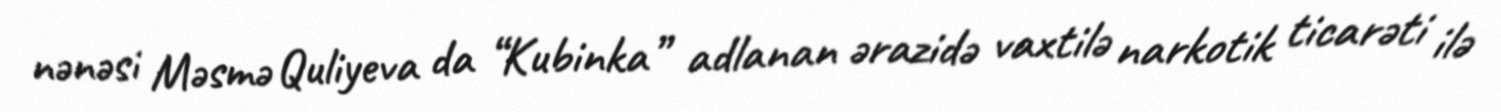
nənəsi Məsmə Quliyeva da “Kubinka” adlanan ərazidə vaxtilə narkotik ticarəti ilə